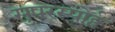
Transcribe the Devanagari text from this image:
सुपरस्पोर्ट्स